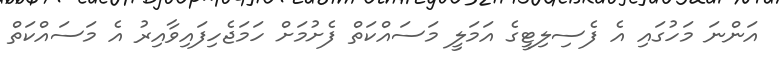
އަންނަ މަހުގައި އެ ފެސިލިޓީގެ އަމަލީ މަސައްކަތް ފެށުމަށް ހަމަޖެހިފައިވާއިރު އެ މަސައްކަތް